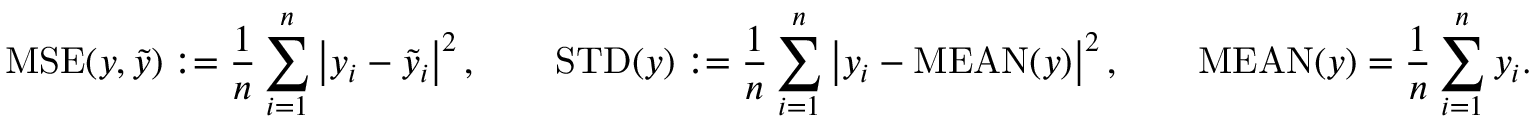
\mathrm { M S E } ( y , \tilde { y } ) : = \frac { 1 } { n } \sum _ { i = 1 } ^ { n } \left| y _ { i } - \tilde { y } _ { i } \right| ^ { 2 } , \quad \quad \mathrm { S T D } ( y ) : = \frac { 1 } { n } \sum _ { i = 1 } ^ { n } \left| y _ { i } - \mathrm { M E A N } ( y ) \right| ^ { 2 } , \quad \quad \mathrm { M E A N } ( y ) = \frac { 1 } { n } \sum _ { i = 1 } ^ { n } y _ { i } .